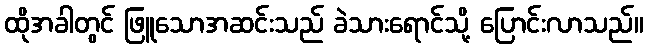
ထိုအခါတွင် ဖြူသောအဆင်းသည် ခဲသားရောင်သို့ ပြောင်းလာသည်။